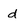
Character: d